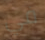
في